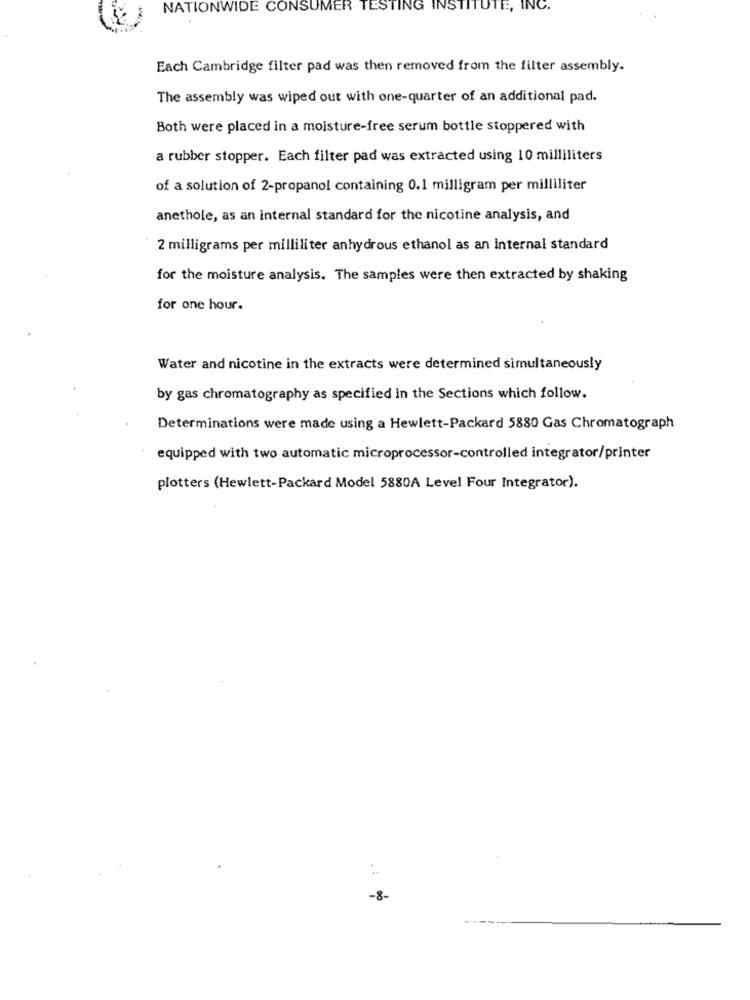
NATIONWIDE CONSUMER TESTING INSTITUTE, INC.
Each Cambridge filter pad was then removed from the filter assembly.
The assembly was wiped out with one-quarter of an additional pad.
Both were placed in a moisture-free serum bottle stoppered with
a rubber stopper. Each filter pad was extracted using 10 milliliters
of a solution of 2-propanol containing 0.1 milligram per milliliter
anethole, as an internal standard for the nicotine analysis, and
2 milligrams per milliliter anhydrous ethanol as an internal standard
for the moisture analysis. The samples were then extracted by shaking
for one hour.
Water and nicotine in the extracts were determined simultaneously
by gas chromatography as specified in the Sections which follow.
Determinations were made using a Hewlett-Packard 5880 Gas Chromatograph
equipped with two automatic microprocessor-controlled integrator/printer
plotters (Hewlett-Packard Model 5880A Level Four Integrator).
-8-